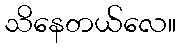
သိနေတယ်လေ။